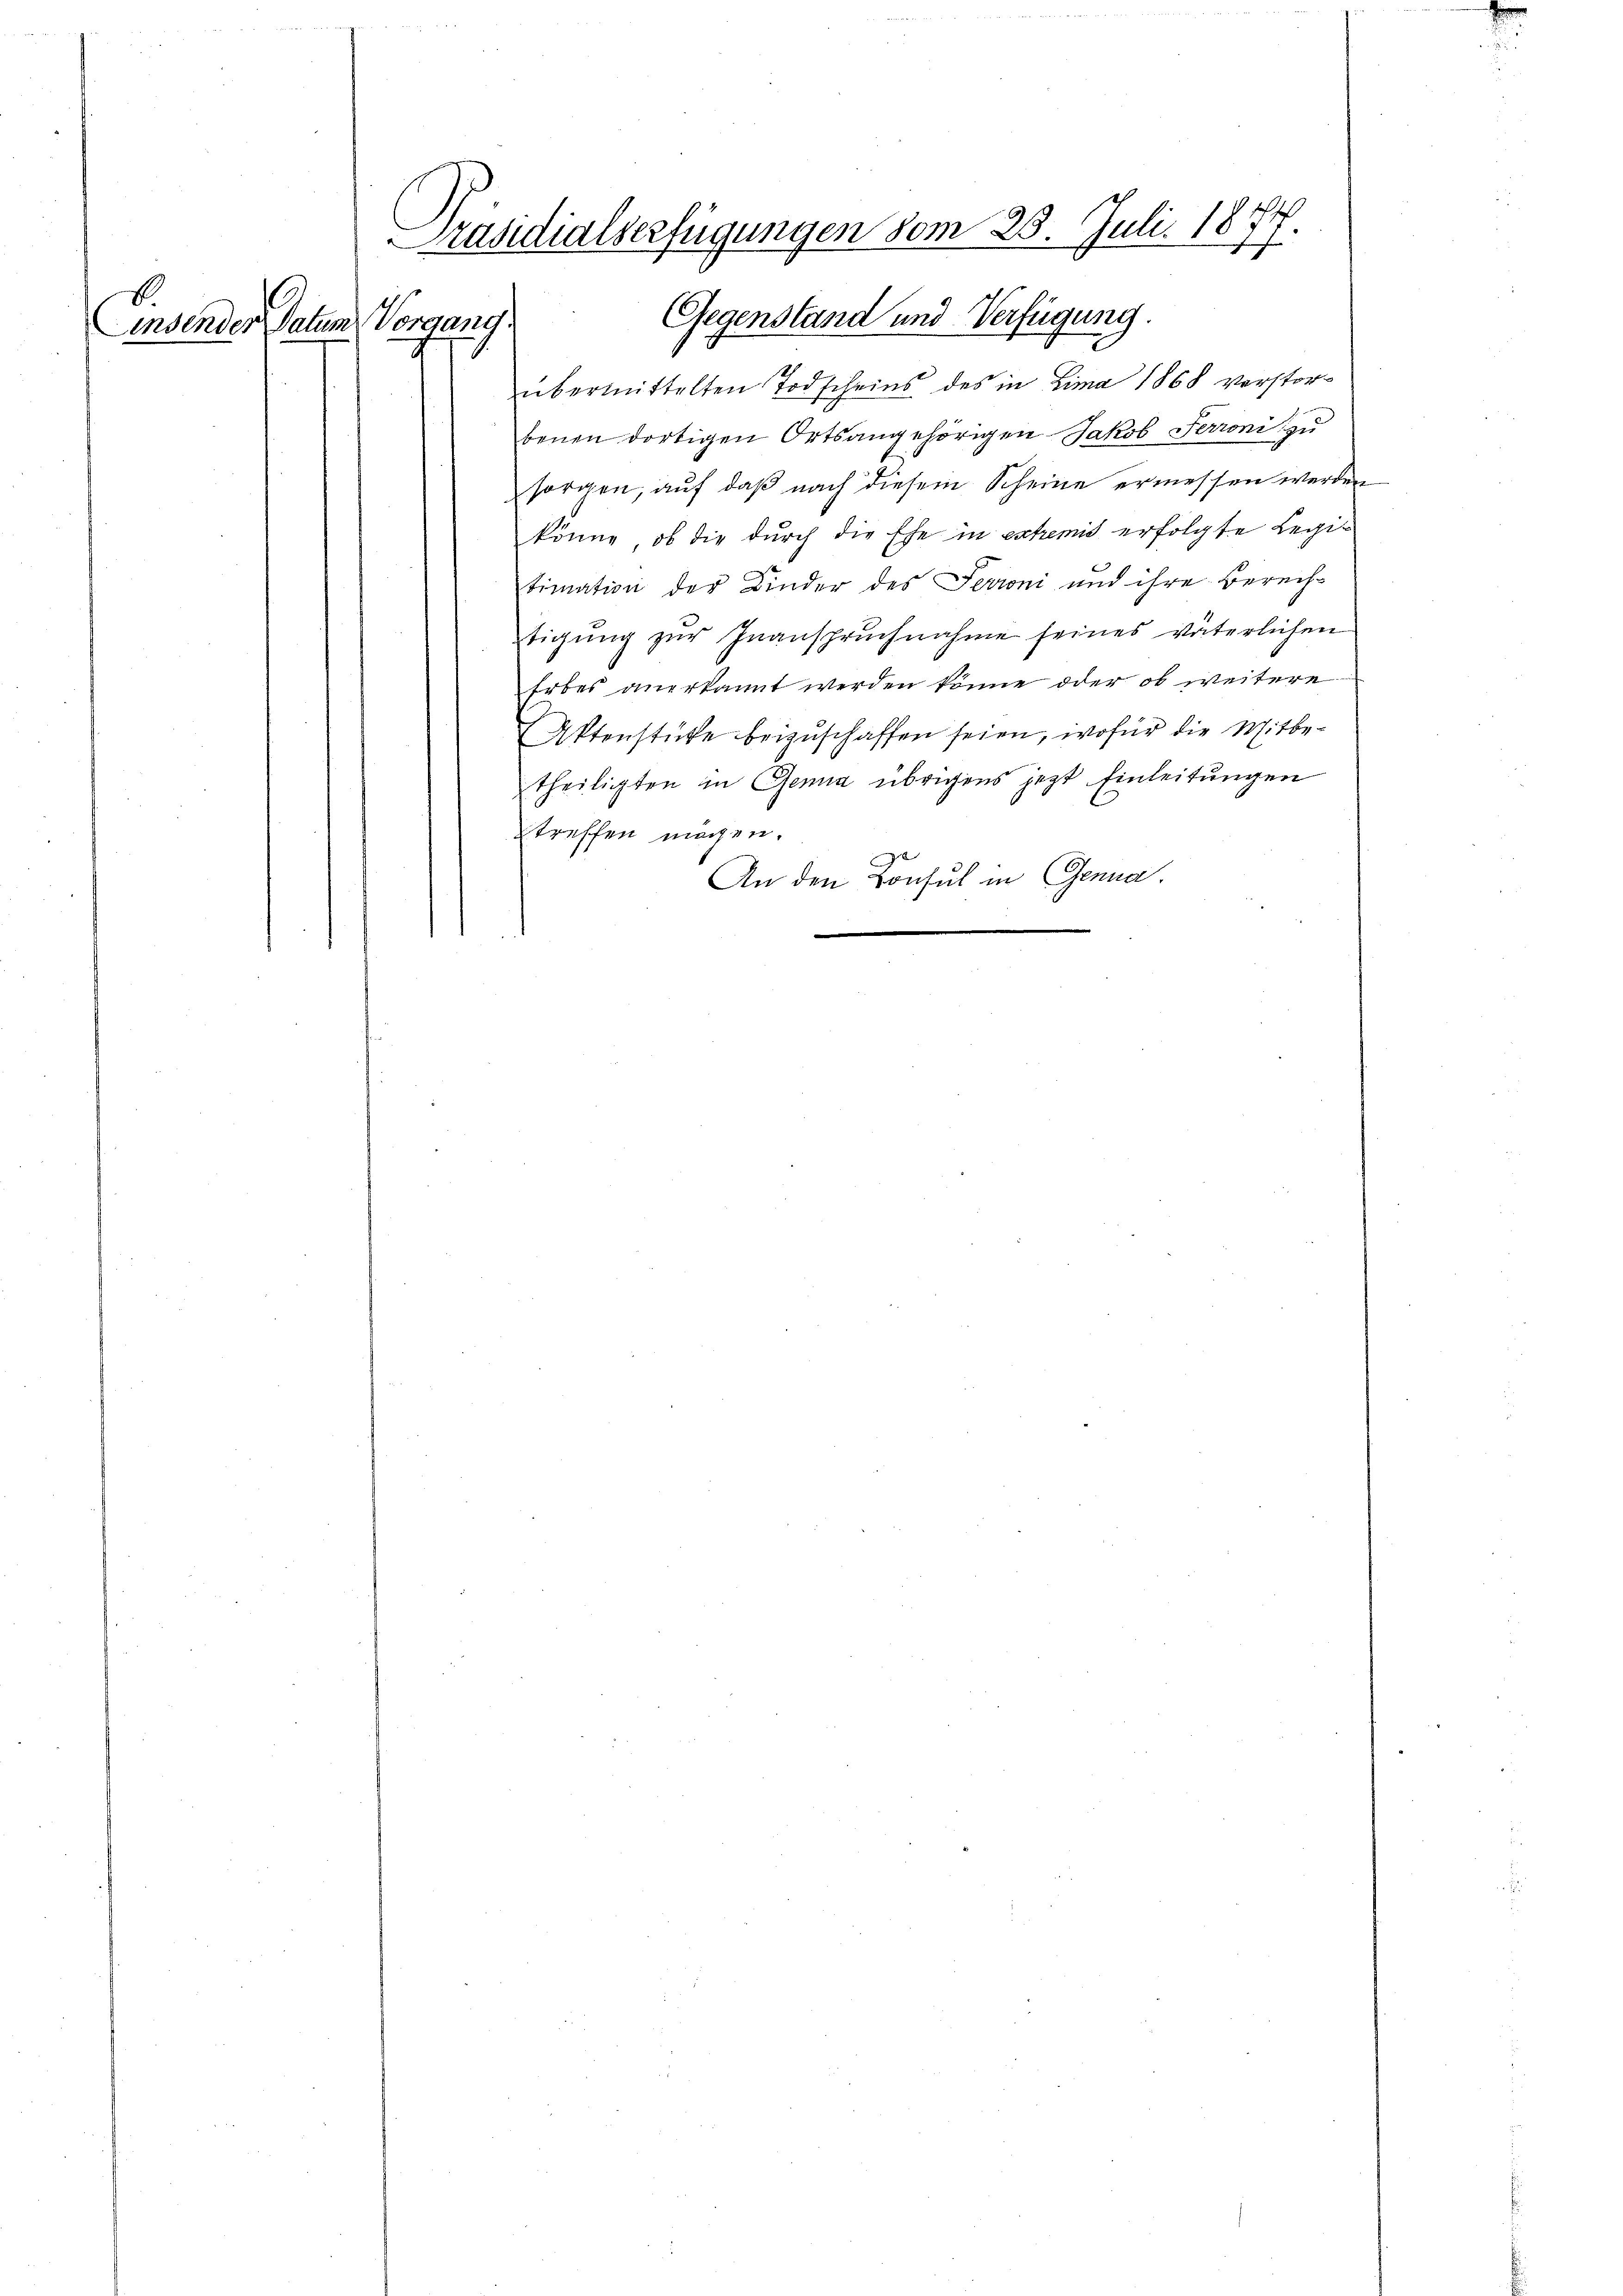
insenden Datum Vorgang.

Präsidialserfügungen vom 25. Juli 1874
Gegenstand und Verfügung.

benen dortigen Ortsangehörigen Jakob Ferroni zu
sorgen, auf daß nach diesem Scheine ermessen werden
könne, ob die durch die Ehe in extremit erfolgte Legi-
timation der Kinder des Serini und ihre Berechtigŭng zŭr Inanspruchnahme seines vaterlichen
Erbes anerkannt werden könne oder ob weitere
Aktenstücke beizuschaffen seien, wofür die Mitbetheiligten in Genia übrigens jetzt Einleitungen
treffen mögen.
An den Konsul in Genua

übermittelten Todscheins des in Lima 1868 verstor¬